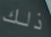
ذلك